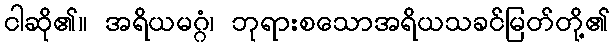
ငါဆို၏။ အရိယမဂ္ဂံ၊ ဘုရားစသောအရိယသခင်မြတ်တို့၏